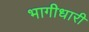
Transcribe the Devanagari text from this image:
भागीधारी